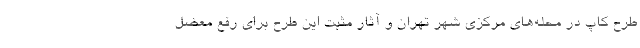
طرح کاپ در محله‌های مرکزی شهر تهران و آثار مثبت این طرح برای رفع معضل